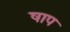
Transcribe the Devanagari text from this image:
षाप